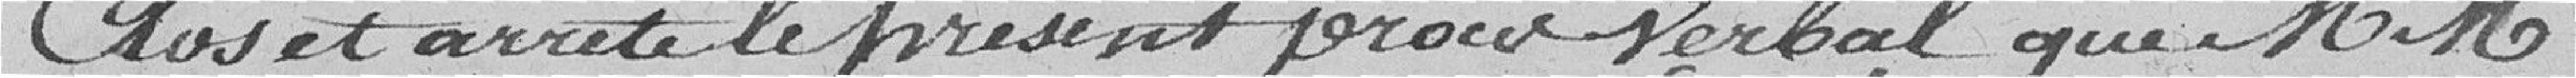
Clos et arrêté le présent procès verbal que MM.